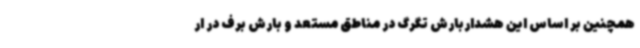
همچنین بر اساس این هشداربارش تگرگ در مناطق مستعد و بارش برف در ار